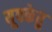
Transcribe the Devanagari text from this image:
यूपकेतु